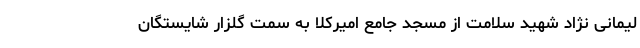
لیمانی نژاد شهید سلامت از مسجد جامع امیرکلا به سمت گلزار شایستگان